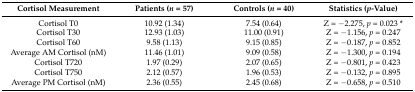
| Cortisol Measurement | Patients (n = 57) | Controls (n = 40) | Statistics (p-Value) |
 | --- | --- | --- | --- |
 | Cortisol T0 | 10.92 (1.34) | 7.54 (0.64) | Z = −2.275, p = 0.023 * |
 | Cortisol T30 | 12.93 (1.03) | 11.00 (0.91) | Z = −1.156, p = 0.247 |
 | Cortisol T60 | 9.58 (1.13) | 9.15 (0.85) | Z = −0.187, p = 0.852 |
 | Average AM Cortisol (nM) | 11.46 (1.01) | 9.09 (0.58) | Z = −1.300, p = 0.194 |
 | Cortisol T720 | 1.97 (0.29) | 2.07 (0.65) | Z = −0.801, p = 0.423 |
 | Cortisol T750 | 2.12 (0.57) | 1.96 (0.53) | Z = −0.132, p = 0.895 |
 | Average PM Cortisol (nM) | 2.36 (0.55) | 2.45 (0.68) | Z = −0.658, p = 0.510 |